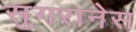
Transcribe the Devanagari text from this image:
सुगरानेस